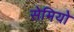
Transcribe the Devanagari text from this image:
सेमियो